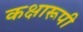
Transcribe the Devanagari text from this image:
कक्षारूपी